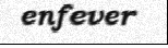
enfever